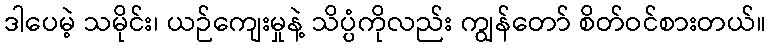
ဒါပေမဲ့ သမိုင်း၊ ယဉ်ကျေးမှုနဲ့ သိပ္ပံကိုလည်း ကျွန်တော် စိတ်ဝင်စားတယ်။